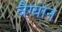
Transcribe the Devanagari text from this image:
वैग्यान